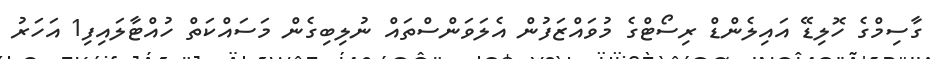
ގާސިމްގެ ހޮލިޑޭ އައިލެންޑް ރިސޯޓްގެ މުވައްޒަފުން އެލަވަންސްތައް ނުލިބިގެން މަސައްކަތް ހުއްޓާލައިފި1 އަހަރު